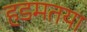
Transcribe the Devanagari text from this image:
हडमतया